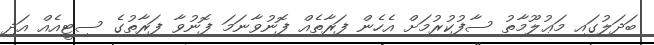
ބަދަލުގައި މަޢުލޫމާތު ސާފުކުރުމަށް އެހެން ފަރާތެއް ފޮނުވާނަމަ ފޮނުވާ ފަރާތުގެ ސިޓީއެއް އަދި